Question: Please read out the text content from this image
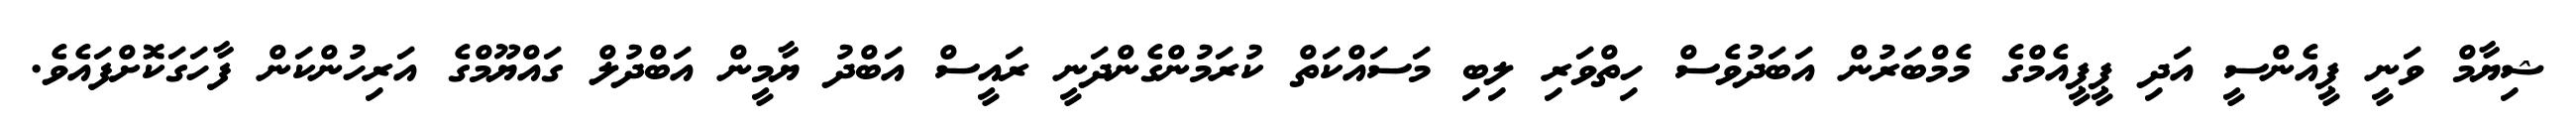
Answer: ޝިޔާމް ވަނީ ޕީއެންސީ އަދި ޕީޕީއެމްގެ މެމްބަރުން އަބަދުވެސް ހިތްވަރި ލިބި މަސައްކަތް ކުރަމުންގެންދަނީ ރައީސް އަބްދު ޔާމީން އަބްދުލް ގައްޔޫމްގެ އަރިހުންކަން ފާހަގަކޮށްފައެވެ.